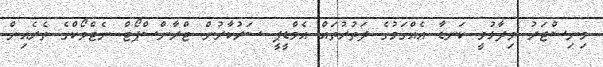
މިނިސްޓަރު ވިދާޅުވީ ކަނޑާ އެއްގަމުގެ ދަތުރުތައް އެމްޑީޕީ ސަރުކާރުން ޓްރާންސްޕޯޓް ނެޓްވޯކްގެ ތެރެއިން